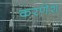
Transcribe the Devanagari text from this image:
करणेश